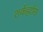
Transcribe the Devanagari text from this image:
शर्कर्ह्राास